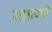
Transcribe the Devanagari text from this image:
साम्रज्यों